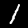
Label: 1